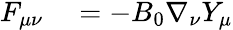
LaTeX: \begin{array}{rl}{F_{\mu\nu}}&{{}=-B_{0}\nabla_{\nu}Y_{\mu}}\end{array}